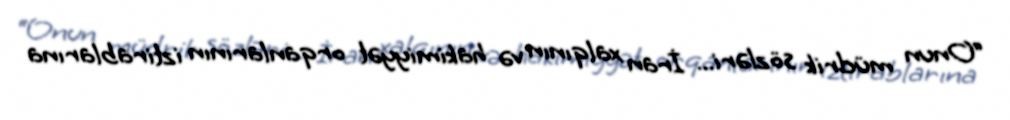
“Onun müdrik sözləri... İran xalqının və hakimiyyət orqanlarının iztirablarına